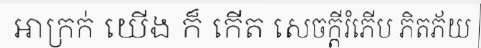
អាក្រក់ យើង ក៏ កើត សេចក្តីរំភើប ភិតភ័យ